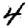
Digit: 4